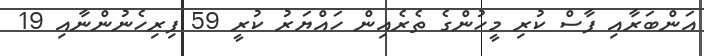
އަންބަރާއި ފާސް ކުރި މީހުންގެ ތެރެއިން ހައްޔަރު ކުރީ 59 ފިރިހެނުންނާއި 19